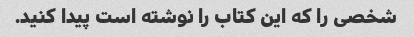
شخصی را که این کتاب را نوشته است پیدا کنید.